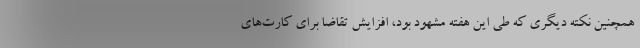
همچنین نکته دیگری که طی این هفته مشهود بود، افزایش تقاضا برای کارت‌های